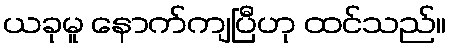
ယခုမူ နောက်ကျပြီဟု ထင်သည်။